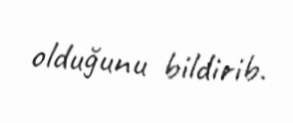
olduğunu bildirib.